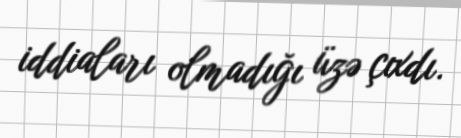
iddiaları olmadığı üzə çıxdı.